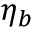
\eta _ { b }